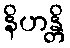
နိဟန္တိ